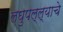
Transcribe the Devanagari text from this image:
लघुपल्ल्याचे